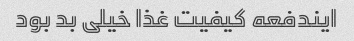
ایندفعه کیفیت غذا خیلی بد بود